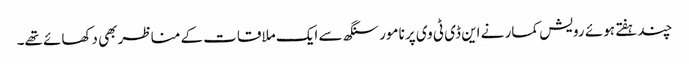
چندہفتے ہوئے رویش کمار نے این ڈی ٹی وی پر نامور سنگھ سے ایک ملاقات کے مناظر بھی دکھائے تھے۔